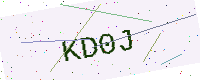
Text: KD0J